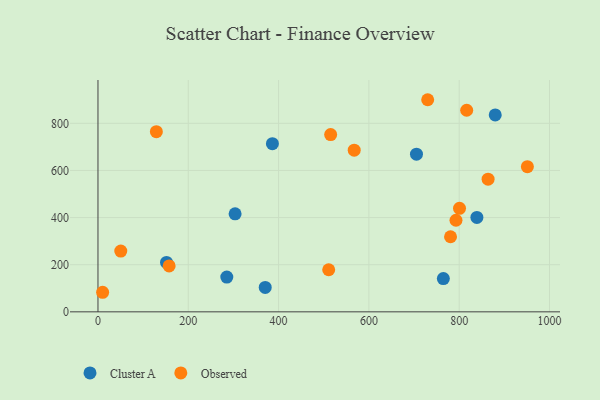
{"axis": {"x": "Price", "y": "Sales"}, "legend": ["Cluster A", "Observed"], "data": [{"x": "285.3", "y": 147.5, "type": "Cluster A"}, {"x": "386.3", "y": 713.7, "type": "Cluster A"}, {"x": "839.2", "y": 400.6, "type": "Cluster A"}, {"x": "151.8", "y": 209.6, "type": "Cluster A"}, {"x": "705.4", "y": 669.2, "type": "Cluster A"}, {"x": "879.8", "y": 835.5, "type": "Cluster A"}, {"x": "303.7", "y": 416.1, "type": "Cluster A"}, {"x": "764.9", "y": 141.2, "type": "Cluster A"}, {"x": "370.4", "y": 103.5, "type": "Cluster A"}, {"x": "511.0", "y": 178.6, "type": "Observed"}, {"x": "864.0", "y": 563.2, "type": "Observed"}, {"x": "567.5", "y": 686.0, "type": "Observed"}, {"x": "10.3", "y": 83.0, "type": "Observed"}, {"x": "50.5", "y": 257.8, "type": "Observed"}, {"x": "515.3", "y": 752.3, "type": "Observed"}, {"x": "780.8", "y": 318.7, "type": "Observed"}, {"x": "951.0", "y": 616.1, "type": "Observed"}, {"x": "730.2", "y": 900.2, "type": "Observed"}, {"x": "157.6", "y": 194.8, "type": "Observed"}, {"x": "816.6", "y": 855.5, "type": "Observed"}, {"x": "800.7", "y": 439.5, "type": "Observed"}, {"x": "792.9", "y": 388.7, "type": "Observed"}, {"x": "129.3", "y": 764.5, "type": "Observed"}]}